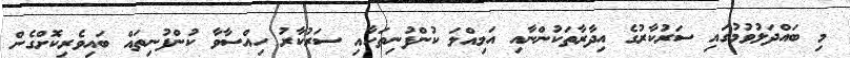
މި ބައްދަލުވުމުގައި ސަރުކާރުގެ އިދާރާތަކުންނާއި އަމިއްލަ ކުންފުނިތަކާއި ސަރުކާރު ހިއްސާވާ ކުންފުނިތައް ބައިވެރިކޮށްގެން